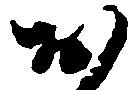
お